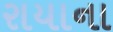
રાયાના